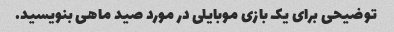
توضیحی برای یک بازی موبایلی در مورد صید ماهی بنویسید.